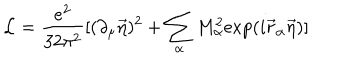
{ \cal L } = \frac { e ^ { 2 } } { 3 2 \pi ^ { 2 } } [ ( \partial _ { \mu } \vec { \eta } ) ^ { 2 } + \sum _ { \alpha } M _ { \alpha } ^ { 2 } \mathrm { e x p } ( i \vec { r } _ { \alpha } \vec { \eta } ) ]